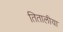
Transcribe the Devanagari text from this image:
तितालीया